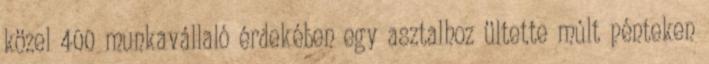
közel 400 munkavállaló érdekében egy asztalhoz ültette múlt pénteken